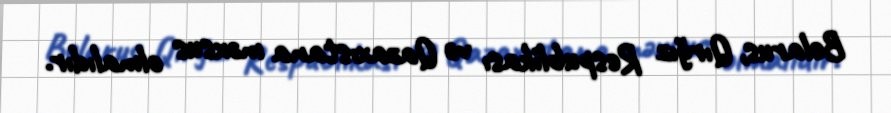
Belarus, Qırğız Respublikası və Qazaxıstana məxsus olmalıdır.